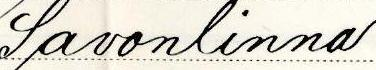
Savonlinna